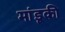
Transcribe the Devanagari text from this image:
मांडूकी